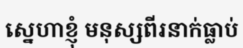
ស្នេហាខ្ញុំ មនុស្សពីរនាក់ធ្លាប់